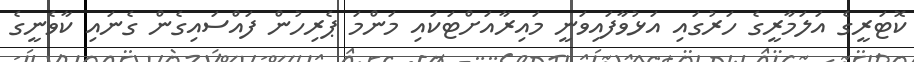
ކޮޓަރީގެ އަލަމާރީގެ ހަރުގައި އަޅުވާފައިވަނީ މައިރާއަށްޓަކައި މަންމަ ޕެރިހުން ފައްސައިގެން ގެނައި ކާވެނީގެ